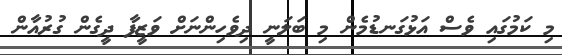
މި ކަމުގައި ވެސް އަޅުގަނޑުމެން މި ބަލަނީ ދިވެހިންނަށް ވަޒީފާ ދީގެން ގުރުއާން